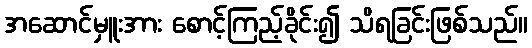
အဆောင်မှူးအား စောင့်ကြည့်ခိုင်း၍ သိရခြင်းဖြစ်သည်။